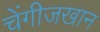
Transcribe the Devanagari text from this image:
चेंगीजखान